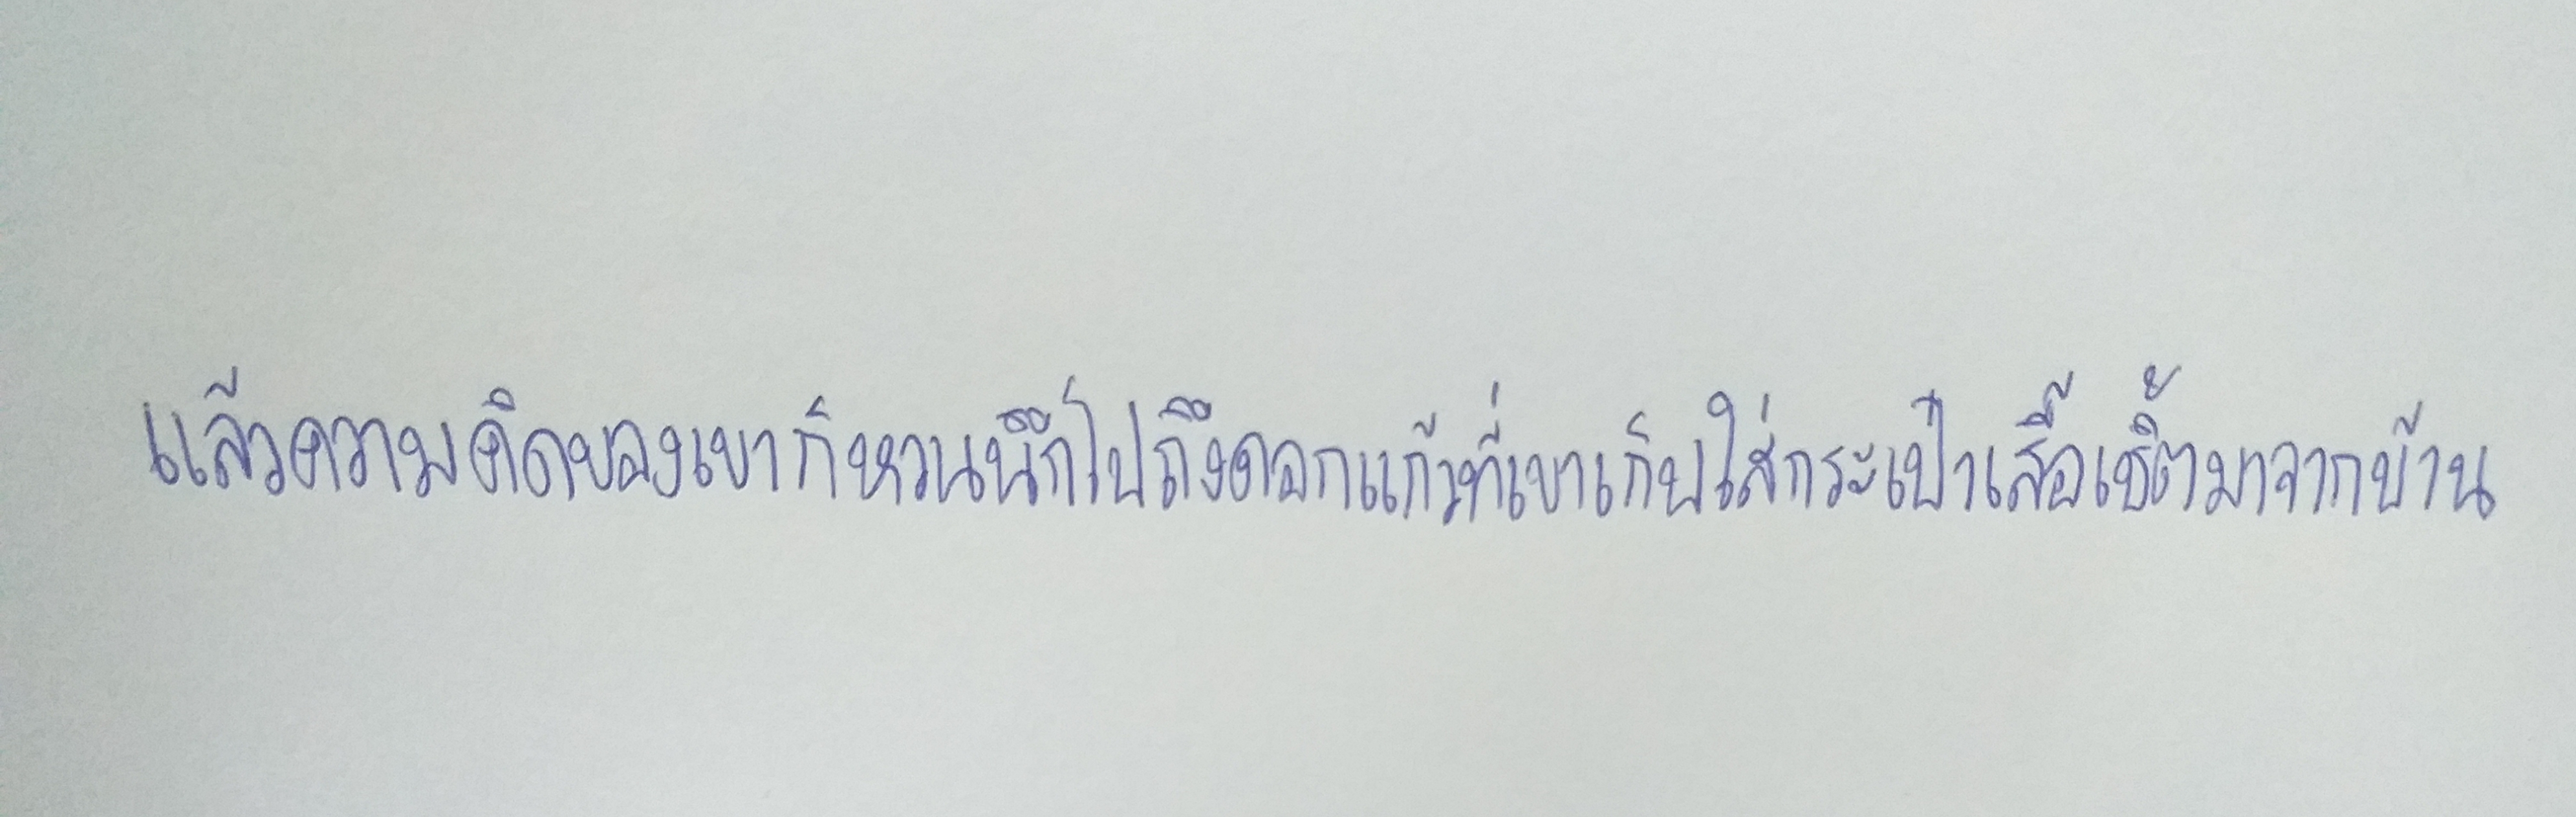
แล้วความคิดของเขาก็หวนนึกไปถึงดอกแก้วที่เขาเก็บใส่กระเป๋าเสื้อเชิ้ตมาจากบ้าน